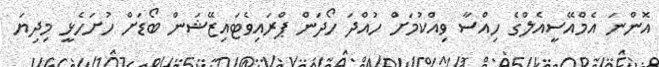
އޮންނަ އެމްއޭސީއެލްގެ ހިއްސާ ވިއްކުމަށް ހުއްދަ ހޯދަން ޕްރައިވެޓައިޒޭޝަން ބޯޑަށް ހުށަހެޅީ މިދިޔަ